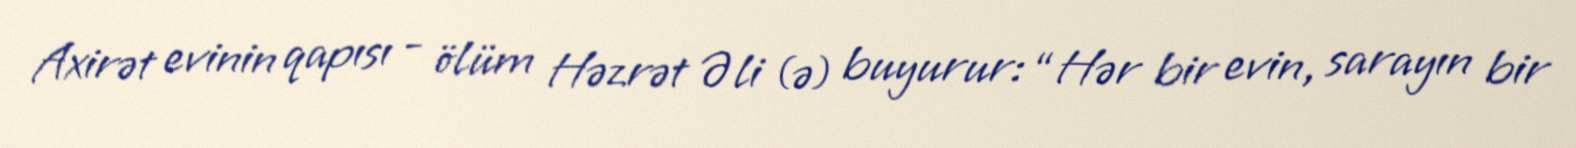
Axirət evinin qapısı - ölüm Həzrət Əli (ə) buyurur: “Hər bir evin, sarayın bir